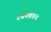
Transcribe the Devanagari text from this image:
रचनेवरुन